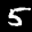
Label: 5